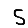
Digit: 5